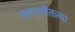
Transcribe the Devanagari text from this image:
वसाहतीतल्या